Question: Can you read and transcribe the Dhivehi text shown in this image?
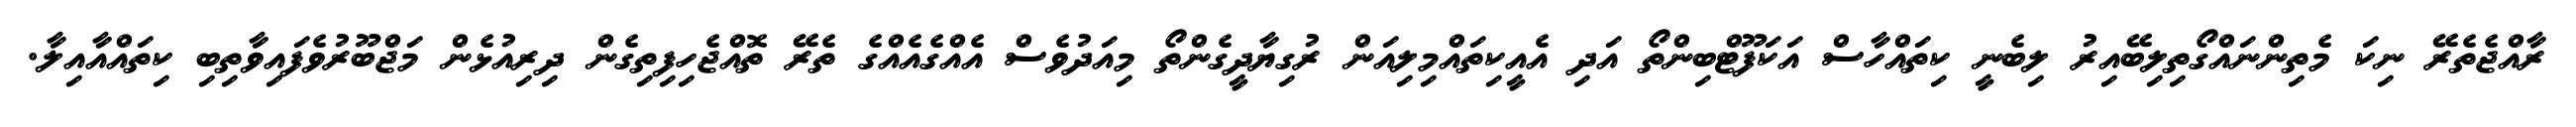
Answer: ރާއްޖެތެރޭ ނިކަ މެތިންނައްގޯތިލިބޭއިރު ލިބެނީ ކިތައްހާސް އަކަފޫޓްބިންތޯ އަދި އެއީކިތައްމިލިއަން ރުގިޔާދީގެންތޯ މިއަދުވެސް އެއްގެއެއްގެ ތެރޭ ތޮއްޖެހިފިތިގެން ދިރިއުޅެން މަޖްބޫރުވެފައިވާތިބި ކިތައްއާއިލާ.